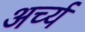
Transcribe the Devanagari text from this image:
अर्च्य